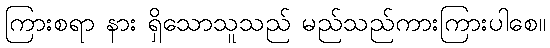
ကြားစရာ နား ရှိသောသူသည် မည်သည်ကားကြားပါစေ။